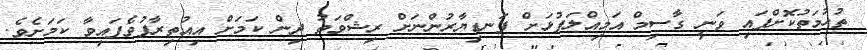
ތުހުމަތުކޮށްފައި ވަނީ ގާސިމް އަމިއްލަފުޅަށް ފަނޑިޔާރުންނަށް ރިޝްވަތު ދިން ކަމަށް އިއުތިރާފުވެފައިވާ ކަމަށެވެ.